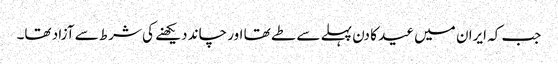
جب کہ ایران میں عید کا دن پہلے سے طے تھا اور چاند دیکھنے کی شرط سے آزاد تھا۔